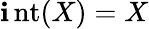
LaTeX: \operatorname{\mathbf{i}nt}(X)=X